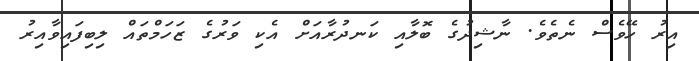
އިރު ހޭވެސް ނެތެވެ. ނާޝިދުގެ ބޮލާއި ކަނދުރާއަށް އެކި ވަރުގެ ޒަހަމްތައް ލިބިފައިވާއިރު